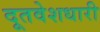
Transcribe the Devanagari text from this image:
दूतवेशधारी